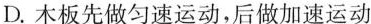
D.木板先做匀速运动，后做加速运动